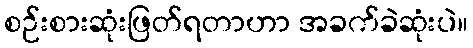
စဉ်းစားဆုံးဖြတ်ရတာဟာ အခက်ခဲဆုံးပဲ။